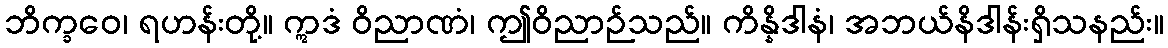
ဘိက္ခဝေ၊ ရဟန်းတို့။ ဣဒံ ဝိညာဏံ၊ ဤဝိညာဉ်သည်။ ကိန္နိဒါနံ၊ အဘယ်နိဒါန်းရှိသနည်း။